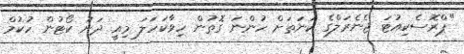
"ޕްރޮސެކިއުޓަ ޖެނެރަލްގެ ކަނަތަށް ހުންނަ ގޮތުން ހިވާކަހަލަ މިއީ ދަށު ކޯޓުން ހުކުމް